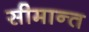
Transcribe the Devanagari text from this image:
सीमान्‍त